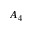
A _ { 4 }